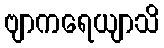
ဗျာကရေယျာသိ